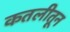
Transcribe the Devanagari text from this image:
कतलीतून